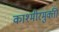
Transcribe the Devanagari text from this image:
काश्मीरमुक्ती